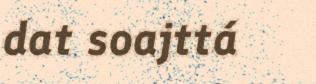
dat soajttá